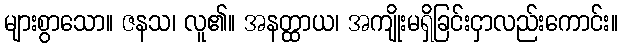
များစွာသော။ ဇနသ၊ လူ၏။ အနတ္ထာယ၊ အကျိုးမရှိခြင်းငှာလည်းကောင်း။